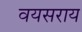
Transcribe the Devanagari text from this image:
वयसराय